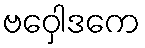
ဗဝှေါဒကေ